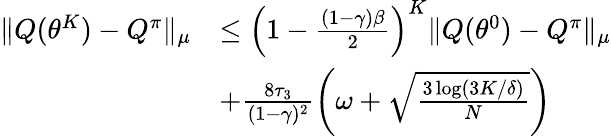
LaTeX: \begin{array}{rl}{\| Q(\theta^{K})-Q^{\pi}\| _{\mu}}&{\leq\left(1-\frac{(1-\gamma)\beta}{2}\right)^{K}\| Q(\theta^{0})-Q^{\pi}\| _{\mu}}\\ &{+\frac{8\tau_{3}}{(1-\gamma)^{2}}\left(\omega+\sqrt{\frac{3\log(3K/\delta)}{N}}\right)}\end{array}